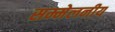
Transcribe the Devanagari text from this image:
सम्मेलनीय